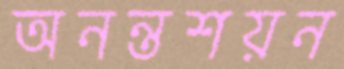
অনন্তশয়ন